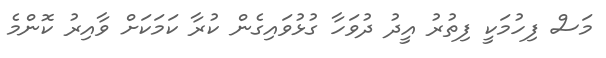
މަސް ފިހުމަކީ ފިތުރު އީދު ދުވަހާ ގުޅުވައިގެން ކުރާ ކަމަކަށް ވާއިރު ކޮންމެ